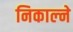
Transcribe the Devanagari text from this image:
निकाल्ने